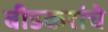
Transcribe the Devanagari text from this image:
बीडकरांचे